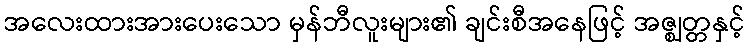
အလေးထားအားပေးသော မှန်ဘီလူးများ၏ ချင်းစီအနေဖြင့် အဇ္ဈတ္တနှင့်